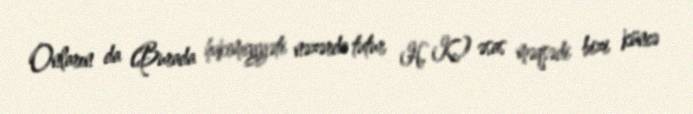
Onların da (Burada hakimiyyəti nəzərdə tutur H. K.) əsas məqsədi bizi küncə